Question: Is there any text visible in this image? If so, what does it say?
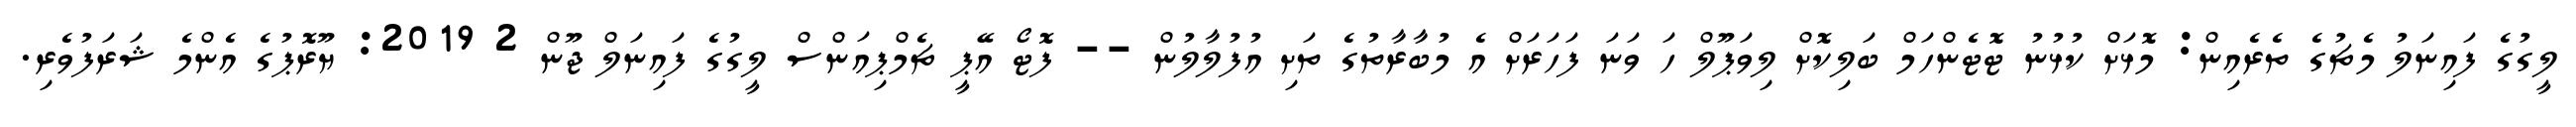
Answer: ލީގުގެ ފައިނަލު މެޗުގެ ތެރެއިން: މޮޅަށް ކުޅުނު ޓޮޓެންހަމް ބަލިކޮށް ލިވަޕޫލް ހަ ވަނަ ފަހަރަށް އެ މުބާރާތުގެ ތަށި އުފުލާލުން -- ފޮޓޯ އޭޕީ ޗެމްޕިއަންސް ލީގުގެ ފައިނަލް ޖޫން 2 2019: ޔޫރޮޕުގެ އެންމެ ޝަރަފުވެރި.